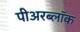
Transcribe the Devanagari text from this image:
पीअरब्लॉक